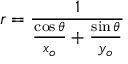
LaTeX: r = { \frac { 1 } { { \frac { \cos \theta } { x _ { o } } } + { \frac { \sin \theta } { y _ { o } } } } }